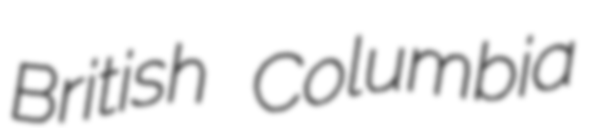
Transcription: British Columbia